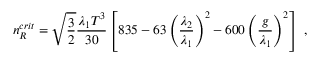
n _ { R } ^ { c r i t } = \sqrt { \frac { 3 } { 2 } } { \frac { \lambda _ { 1 } T ^ { 3 } } { 3 0 } } \left[ 8 3 5 - 6 3 \left( { \frac { \lambda _ { 2 } } { \lambda _ { 1 } } } \right) ^ { 2 } - 6 0 0 \left( { \frac { g } { \lambda _ { 1 } } } \right) ^ { 2 } \right] \; ,